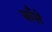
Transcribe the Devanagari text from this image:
बाँसे